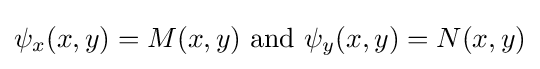
\psi _{x}(x,y)=M(x,y){\text{ and }}\psi _{y}(x,y)=N(x,y)